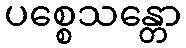
ပစ္စေသန္တော